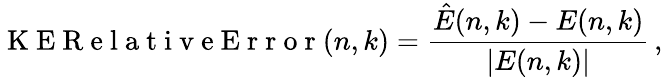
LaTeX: \mathrm{~K~E~R~e~l~a~t~i~v~e~E~r~r~o~r~}(n,k)=\frac{\hat{E}(n,k)-E(n,k)}{|E(n,k)|}\, ,